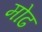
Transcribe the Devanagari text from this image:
मोढ